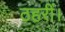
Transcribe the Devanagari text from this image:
ठहरीं।